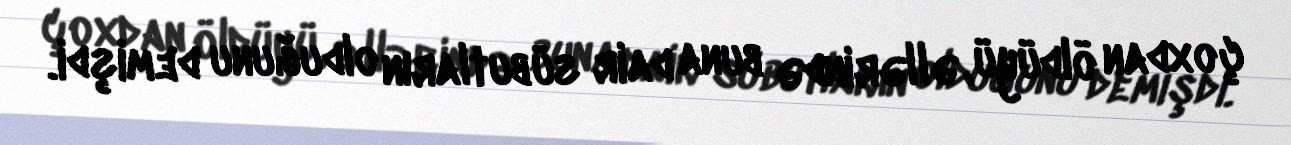
çoxdan öldüyü, əllərində buna dair sübutların olduğunu demişdi.